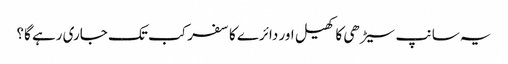
یہ سانپ سیڑھی کا کھیل اور دائرے کا سفر کب تک جاری رہے گا؟